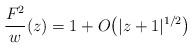
LaTeX: \begin{gather*}\frac{F^2}{w}(z) = 1 + O\big(\vert z+1\vert^{1/2}\big)\end{gather*}